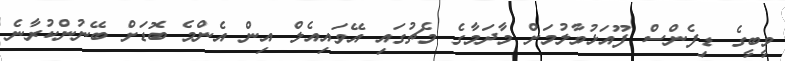
ވީބީގެ ޑިފެންސް ފޫއަޅުވާލުމަށް މާދަމާގެ މެޗުގައި އޭވައިއެލް އިން އެންމެ ބޮޑަށް ބޭނުންކުރާނެ